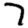
Digit: 7